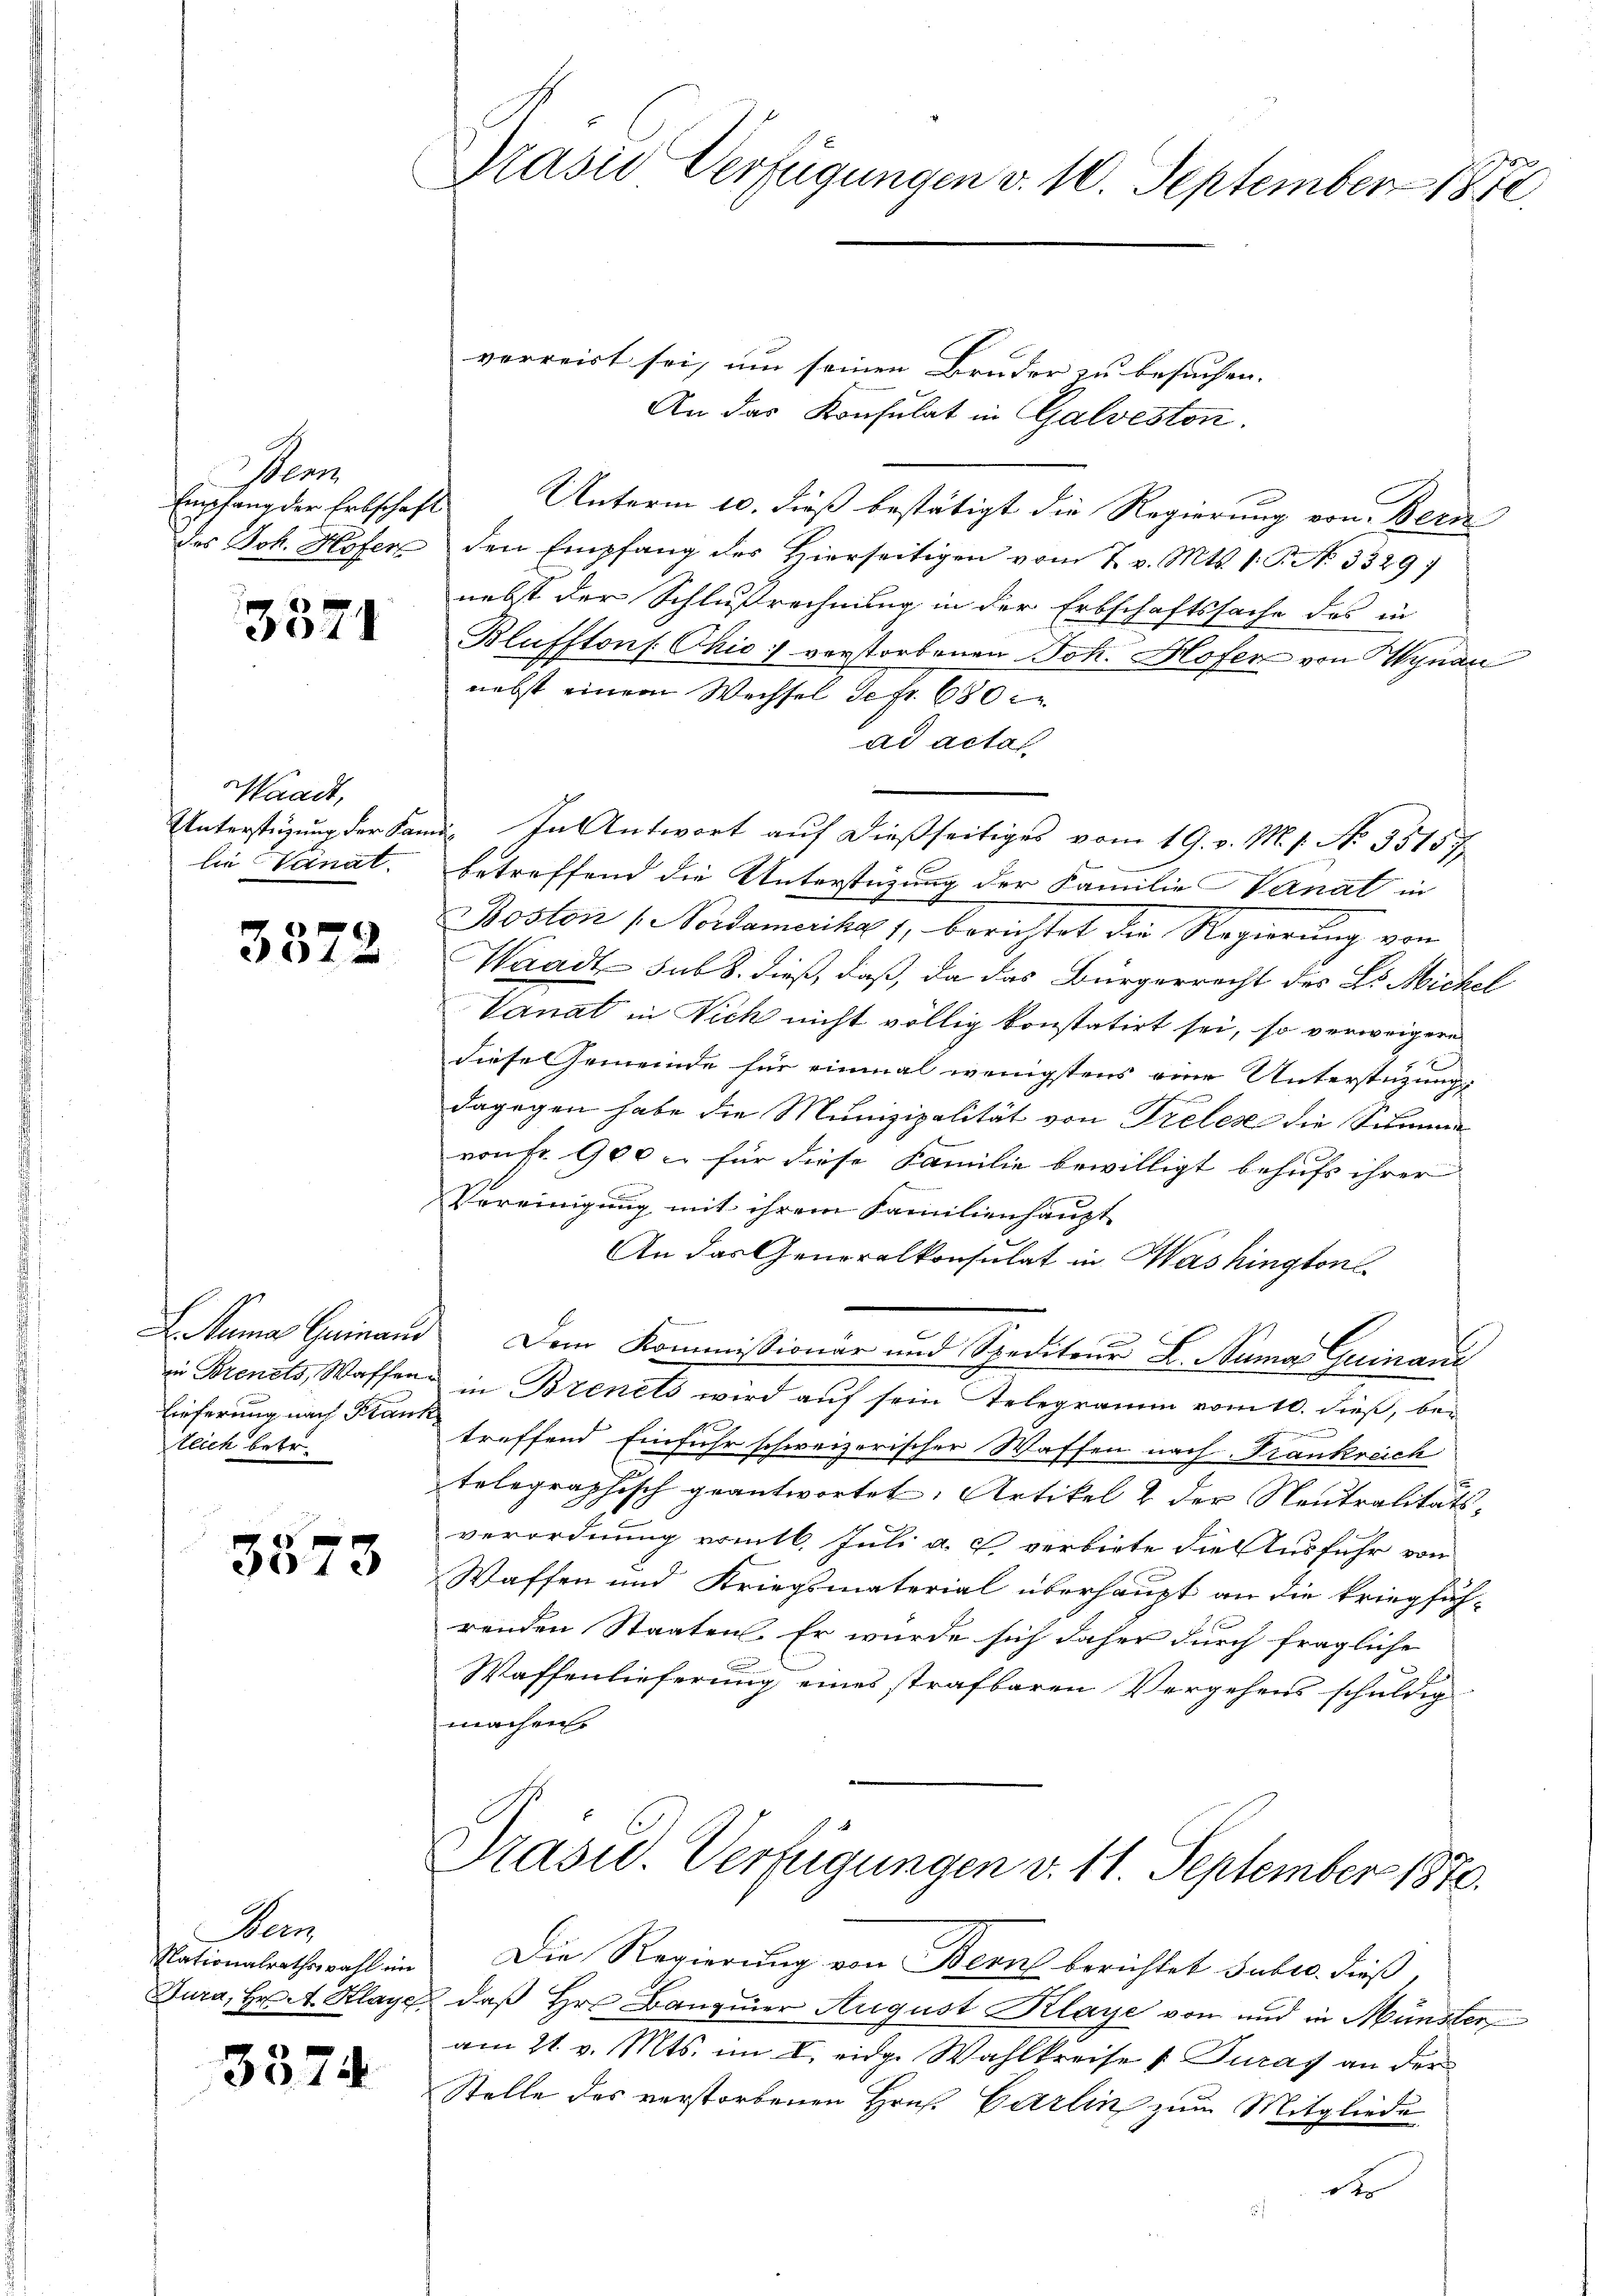
Man
Empfang der Erbschaft
des Joh. Hofer

3571

aadt,
lie Sanat.

3372

. uma Guinaus
Lieferung nach Krank
tlich betr.

3510

Been

3374

Präses Verfügungen v. 10. September 1872.

verreist sei, um seinen Bruder zu besuchen.
An das Konsulat in Galveston.
Unterm 10. dieß bestätigt die Regierung von Bern
den Empfang des Hierseitigen vom 7. v. Mts. 1. P. N. 3329/
nebst der Schlußrechnung in der Erbschaftssache des in
Blufftons Chio: verstorbenen Joh. Hofer von Kynau
nebst einem Wechsel de fr. 680
ad actat
Unterstüzung der Sand In Antwort auf dießseitiges vom 19. v. M. s. No. 35157.
betreffend die Unterstüzung der Familie Vanat in
Boston / Vorsamerika 1, berichtet die Regierung von
Waadt sub 8. dieß, daß, da das Bürgerrecht des L. Michel
Vanat in Vich nicht völlig konstatirt sei, so verweigere
diese Gemeinde für einmal wenigstens eine Unterstützung
dagegen habe die Munizipalität von Tretes die Summe
von fr. 900 u. für diese Familie bewilligt behufs ihrer
Vereinigung mit ihrem Familienhaupt
An das Generalkonsulat in Washington
Dem Kommissionär und Spediteur L. Numa Guinan
in Brenets, Waffens in Brinets wird auf sein Telegramm vom 10. dieß, betreffend Einfuhr schweizerischer Waffen nach Frankreich
telegraphisch geantwortet. Artikel & der Neutralitäts¬

verordnung vom 16. Juli a. c. verbiete die Ausfuhr von
Waffen und Kriegsmaterial überhaupt an die kriegfüh-
renden Staaten. Er wurde sich daher durch fragliche
Waffenlieferung eines strafbaren Vergehens schuldig
machen

Präsid. Verfügungen v. 11. September 1870.

Nationalrathswahl im Die Regierŭng von Bern berichtet suber. dieβ,
Dura, Hr. Klage, daß Hr. Banquier August Klage von und in Münster
am 21. v. Mts. im I. eidge Wahlkreise & Duray an der
Stelle des verstorbenen Hrn. Carlin zum Mitgliede
t
5